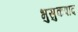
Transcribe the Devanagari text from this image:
भुसुकपाद